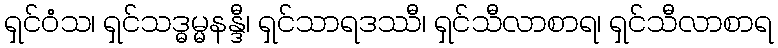
ရှင်ဝံသ၊ ရှင်သဒ္ဓမ္မနန္ဒီ၊ ရှင်သာရဒဿီ၊ ရှင်သီလာစာရ၊ ရှင်သီလာစာရ